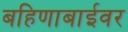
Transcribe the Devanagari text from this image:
बहिणाबाईवर